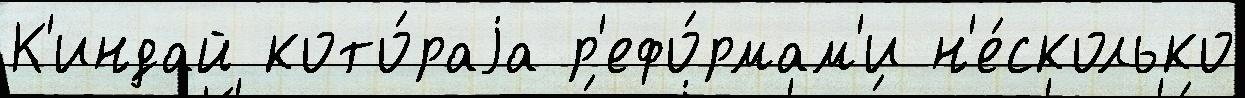
К'индай кото́раjа р'ефо́рмам'и н'е́сколько